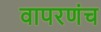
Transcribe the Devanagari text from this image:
वापरणंच